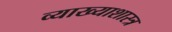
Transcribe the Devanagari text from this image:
व्याख्याशास्त्र